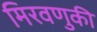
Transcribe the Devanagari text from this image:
मिरवणुकी